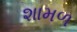
શામળ